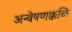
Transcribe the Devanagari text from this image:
अन्वेषणक्कळि